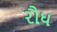
રૌધ